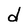
Character: d